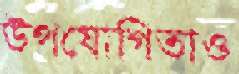
উপযোগিতাও